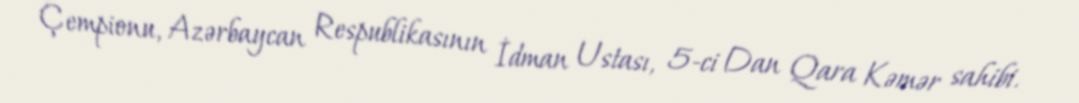
Çempionu, Azərbaycan Respublikasının İdman Ustası, 5-ci Dan Qara Kəmər sahibi.